Report on vaccination in Madras 1904-1921 - 1904-1921
Year: 1904
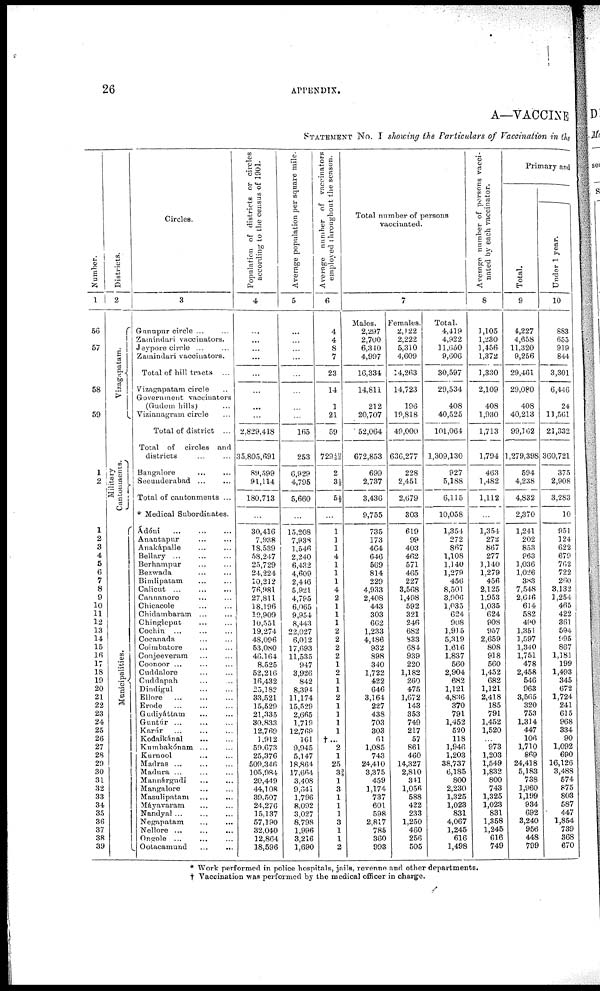
26
APPENDIX.
A—VACCINE
STATEMENT No. I showing the Particulars of Vaccination in the
Number.
1
56
57
58
59
1
2
1
2
3
4
5
6
7
8
9
10
11
12
13
14
15
16
17
18
19
20
21
22
23
24
25
26
27
28
29
30
31
32
33
34
35
36
37
38
39
Districts.
2
Vizagapatam.
Mi l
i
t
ar y
Ca ntonme nts
.
Municipalities.
Circles.
3
Gunupur circle... ...
Zamindari vaccinators.
Jeypore circle... ...
Zamindari vaccinators.
Total of hill tracts ...
Vizagapatam circle..
Government vaccinators
(Gudem hills) ...
Vizianagram circle...
Total of district ...
Total of circles and
districts...
Bangalore... ...
Secunderabad... ...
Total of cantonments ...
* Medical Subordinates.
Ádóni... ... ...
Anantapur...
...
Anakápalle... ...
Bellary...
...
...
Berhampur... ...
Bezwada... ...
Bimlipatam... ...
Calicut... ...
Cannanore... ...
Chicacole... ...
Chidambaram... ...
Chingleput... ...
Cochin... ...
Cocanada... ...
Coimbatore... ...
Conjeeveram... ...
Coonoor... ... ...
Cuddalore... ...
Cuddapah... ...
Dindigul... ...
Ellore... ...
Erode...
...
Gudiyáttam... ...
Guntúr... ...
Karúr... ... ...
Kodaikánal...
...
Kumbakónam... ...
Kurnool... ...
Madras... ... ...
Madura... ... ...
Mannárgudi... ...
Mangalore... ...
Masulipatam... ...
Máyavaram... ...
Nandyal...
...
...
Negapatam... ...
Nellore... ... ...
Ongole... ... ...
Ootacamund
...
...
Population of districts or circles
according to the census of 1901.
4
...
...
...
...
...
...
...
...
2,829,418
35,805,691
89,599
91,114
180,713
...
30,416
7,938
18,539
58,247
25,729
24,224
10,212
76,981
27,811
18,196
19,909
10,551
19,274
48,096
53,080
46,164
8,525
52,216
16,432
25,182
33,521
15,529
21,335
30,833
12,769
1,912
59,673
25,376
509,346
105,984
20,449
44,108
39,507
24,276
15,137
57,190
32,040
12,864
18,596
Average population per square mile.
5
...
...
...
...
...
...
...
...
165
253
6,929
4,795
5,660
...
15,208
7,938
1,546
2,240
6,432
4,609
2,446
5,921
4,795
6,065
9,954
8,443
22,027
6,012
17,693
11,535
947
3,926
842
8,394
11,174
15,529
2,665
1,719
12,769
161
9,945
5,147
18,864
17,664
3,408
9,641
1,796
8,092
3,027
8,798
1,996
3,216
1,690
Average number of vaccinators
employed throughout the season.
6
4
4
8
7
23
14
1
21
59
729 19/30
2
3 ½
5 ½
...
1
1
1
4
1
1
1
4
2
1
1
1
2
2
2
2
1
2
1
1
2
1
1
1
1
†...
2
1
25
3 3/8
1
3
1
1
1
3
1
1
2
Total number of persons
vaccinated.
7
Males.
2,297
2,700
6,340
4,997
16,334
14,811
212
20,707
52,064
672,853
699
2,737
3,436
9,755
735
173
464
646
569
814
229
4,933
2,408
443
303
662
1,233
4,486
932
898
340
1,722
422
646
3,164
227
438
703
303
61
1,085
743
24,410
3,375
459
1,174
737
601
598
2,817
785
360
993
Females.
2,122
2,222
5,310
4,609
14,263
14,723
196
19,818
49,000
636,277
228
2,451
2,679
303
619
99
403
462
571
465
227
3,568
1,498
592
321
246
682
833
684
939
220
1,182
260
475
1,672
143
353
749
217
57
861
460
14,327
2,810
341
1,056
588
422
233
1,250
460
256
505
Total.
4,419
4,922
11,650
9,606
30,597
29,534
408
40,525
101,064
1,309,130
927
5,188
6,115
10,058
1,354
272
867
1,108
1,140
1,279
456
8,501
3,906
1,035
624
908
1,915
5,319
1,816
1,837
560
2,904
682
1,121
4,836
370
791
1,452
520
118
1,946
1,203
38,737
6,185
800
2,230
1,325
1,023
831
4,067
1,245
616
1,498
Average number of persons vacci-
nated by each vaccinator.
8
1,105
1,230
1,456
1,372
1,330
2,109
408
1,930
1,713
1,794
463
1,482
1,112
...
1,354
272
867
277
1,140
1,279
456
2,125
1,953
1,035
624
908
957
2,659
808
918
560
1,452
682
1,121
2,418
185
791
1,452
1,520
... 973
1,203
1,549
1,832
800
743
1,325
1,023
831
1,358
1,245
616
749
Primary and
Total.
9
4,227
4,658
11,320
9,256
29,461
29,080
408
40,213
99,162
1,279,398
594
4,238
4,832
2,370
1,241
202
853
963
1,036
1,026
383
7,548
2,646
614
582
490
1,351
1,597
1,340
1,751
478
2,458
546
963
3,565
320
753
1,314
447
106
1,710
869
24,418
5,183
738
1,960
1,199
934
692
3,240
956
448
799
Under 1 year.
10
883
655
919
844
3,301
6,446
24
11,561
21,332
360,721
375
2,908
3,283
10
951
124
622
679
762
722
260
3,132
1,254
465
422
361
594
995
867
1,181
199
1,493
345
672
1,724
241
615
968
334
90
1,092
690
16,126
3,488
574
875
803
587
447
1,854
739
368
670
* Work performed in police hospitals, jails, revenue and other departments.
† Vaccination was performed by the medical officer in charge.